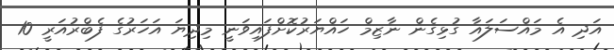
އަދި އެ މައްސަލައާ ގުޅިގެން ނާޒިމް ހައްޔަރުކޮށްފައިވަނީ މިދިޔަ އަހަރުގެ ފެބްރުއަރީ 10